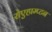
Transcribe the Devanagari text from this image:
रोएहाम्प्टन